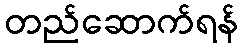
တည်ဆောက်ရန်